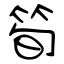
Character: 筍